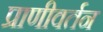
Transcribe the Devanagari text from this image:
प्राणीवर्तन